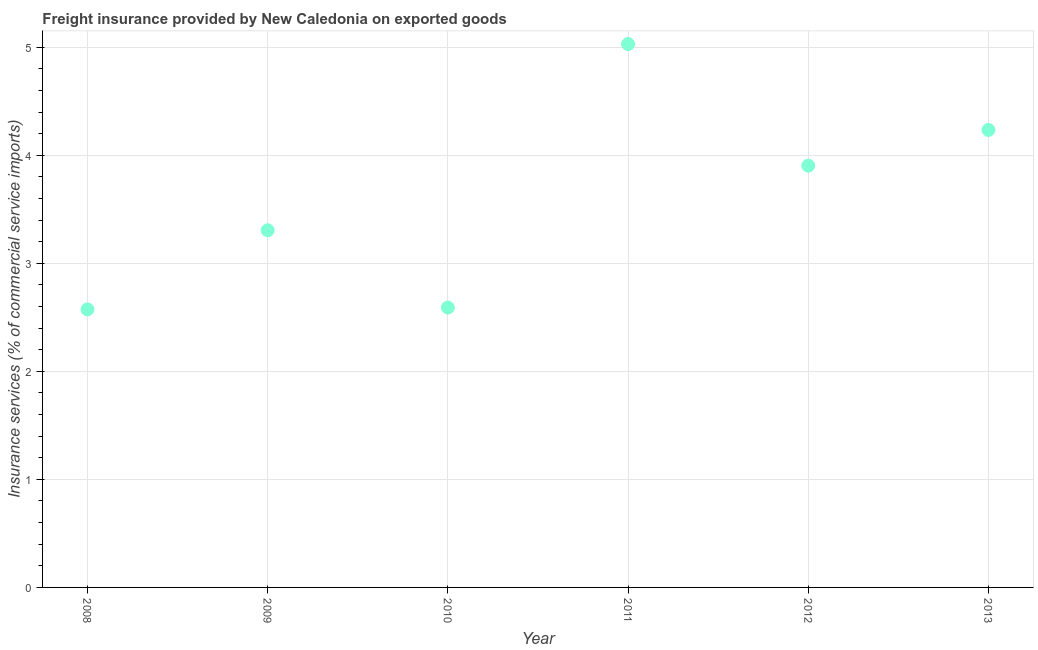
| Year | Insurance and financial services |
 | --- | --- |
 | 2008 | 2.57 |
 | 2009 | 3.31 |
 | 2010 | 2.59 |
 | 2011 | 5.03 |
 | 2012 | 3.9 |
 | 2013 | 4.23 |